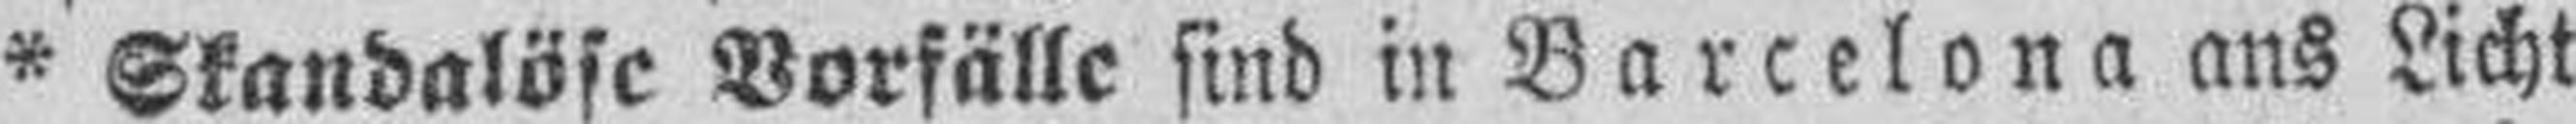
* Skandalöse Vorfälle sind in Barcelona ans Licht